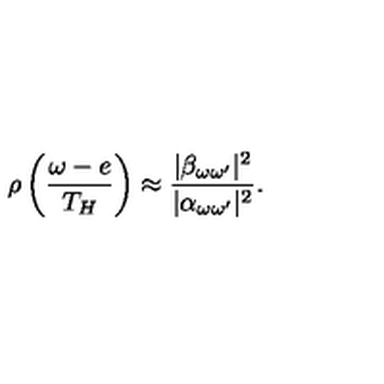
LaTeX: \rho \left( \frac { \omega - e } { T _ { H } } \right) \approx { \frac { | \beta _ { \omega \omega ^ { \prime } } | ^ { 2 } } { | \alpha _ { \omega \omega ^ { \prime } } | ^ { 2 } } } .